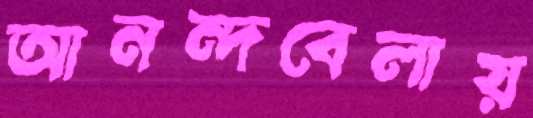
আনন্দবেলায়